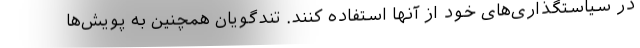
در سیاستگذاری‌های خود از آنها استفاده کنند. تندگویان همچنین به پویش‌ها